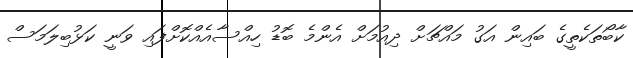
ކާބޯތަކެތީގެ ބައިން އަގު މައްޗަށް ދިއުމަށް އެންމެ ބޮޑު ހިއްސާއެއްކޮށްފައި ވަނީ ކަޅުބިލަމަސް